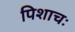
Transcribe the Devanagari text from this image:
पिशाचः